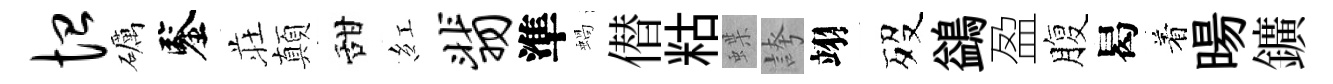
恤礪鑒荘顛甜紅翡準蝸僣䊀蝶誇翊歿鷁盈腹曷着暘鑛